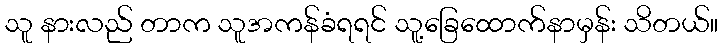
သူ နားလည် တာက သူအကန်ခံရရင် သူ့ခြေထောက်နာမှန်း သိတယ်။